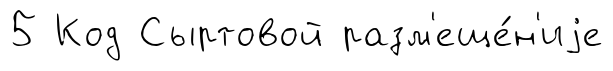
5 Код Сыртовой разм'еще́н'иjе